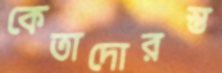
কেতাদোরস্ত